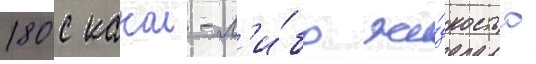
180 с какои-л'и́бо жи́дкостью